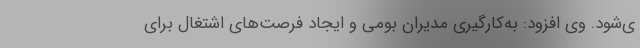
ی‌شود. وی افزود: به‌کارگیری مدیران بومی و ایجاد فرصت‌های اشتغال برای